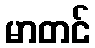
မာတင်